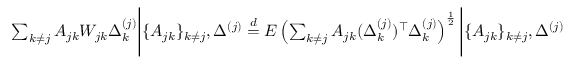
\begin{array} { r } { \sum _ { k \neq j } A _ { j k } W _ { j k } \Delta _ { k } ^ { ( j ) } \Bigg | \{ A _ { j k } \} _ { k \neq j } , \Delta ^ { ( j ) } \stackrel { d } { = } E \left( \sum _ { k \neq j } A _ { j k } ( \Delta _ { k } ^ { ( j ) } ) ^ { \top } \Delta _ { k } ^ { ( j ) } \right) ^ { \frac { 1 } { 2 } } \Bigg | \{ A _ { j k } \} _ { k \neq j } , \Delta ^ { ( j ) } } \end{array}